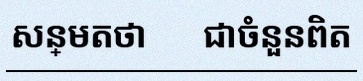
សន្មតថា x ជាចំនួនពិត